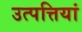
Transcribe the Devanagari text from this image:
उत्पत्तियां